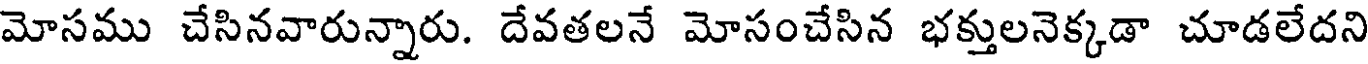
మోసము చేసినవారున్నారు. దేవతలనే మోసంచేసిన భక్తులనెక్కడా చూడలేదని